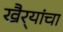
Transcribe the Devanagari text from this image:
खैर्‍यांचा